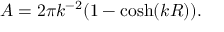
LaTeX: A = 2 \pi k ^ { - 2 } ( 1 - \cosh ( k R ) ) .